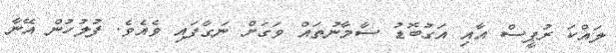
ލައްކަ ރުޕީސް އާއި އަގުބޮޑު ސާމާނުތައް ވަގަށް ނަގާފައި ވެއެވެ. ފުލުހުން އޭނާ